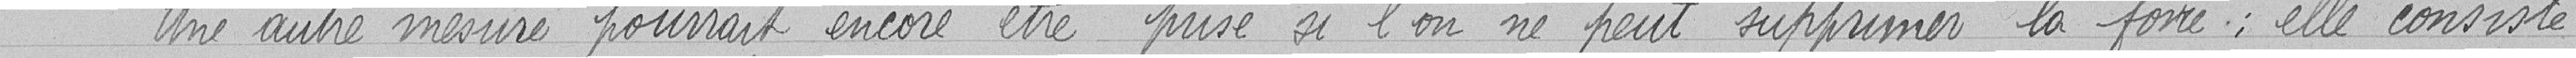
Une autre mesure pourrait être prise si l'on ne peut supprimer la foire ; elle consiste-